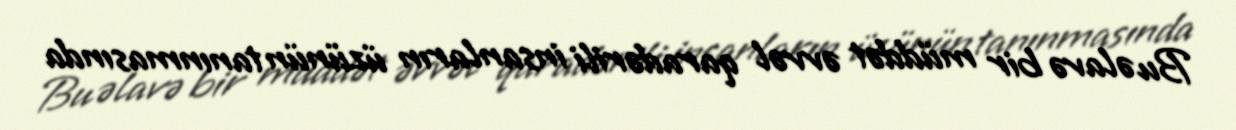
Bu əlavə bir müddət əvvəl qaradərili insanların üzünün tanınmasında